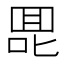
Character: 𰈅